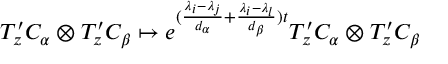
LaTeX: T _ { z } ^ { \prime } C _ { \alpha } \otimes T _ { z } ^ { \prime } C _ { \beta } \mapsto e ^ { ( \frac { \lambda _ { i } - \lambda _ { j } } { d _ { \alpha } } + \frac { \lambda _ { i } - \lambda _ { l } } { d _ { \beta } } ) t } T _ { z } ^ { \prime } C _ { \alpha } \otimes T _ { z } ^ { \prime } C _ { \beta }